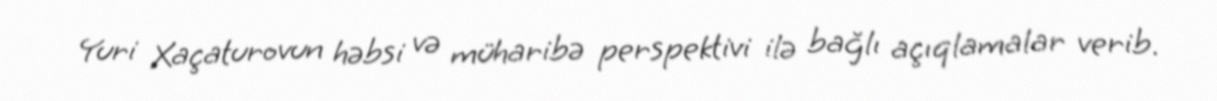
Yuri Xaçaturovun həbsi və müharibə perspektivi ilə bağlı açıqlamalar verib.